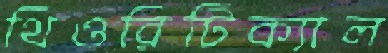
থিওরিটিক্যাল